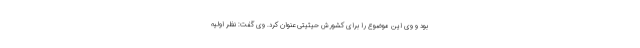
بود و وی این موضوع را برای کشورش حیثیتی عنوان کرد. وی گفت: نظر اولیه